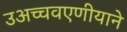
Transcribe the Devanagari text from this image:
उअच्चवएणीयाने